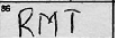
Transcription: RMT